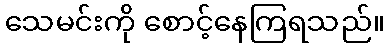
သေမင်းကို စောင့်နေကြရသည်။